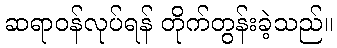
ဆရာဝန်လုပ်ရန် တိုက်တွန်းခဲ့သည်။